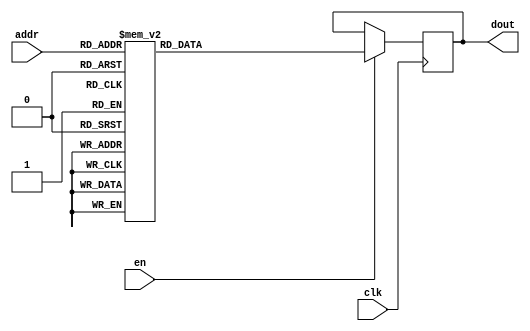
`timescale 1ns / 1ps
/*
Copyright
All right reserved.
Module Name: rom_syn
Author  : Zichuan Liu, Yixing Li and Wenye Liu.
Description:
A synthesized ROM: ROM_DEP x ROM_WID
*/
module EC_2_REF_ROM_0(
// inputs
clk,
en,
addr,
// outputs
dout
);
localparam ROM_WID = 14;
localparam ROM_DEP = 64;
localparam ROM_ADDR = 6;
// input definition
input clk;
input en;
input [ROM_ADDR-1:0] addr;
// output definition
output [ROM_WID-1:0] dout;
reg [ROM_WID-1:0] data;
always @(posedge clk)
begin
if (en) begin
case(addr)
		6'd0: data <= 14'b00001111110101;
		6'd1: data <= 14'b01001011100111;
		6'd2: data <= 14'b01000101001000;
		6'd3: data <= 14'b01001100010010;
		6'd4: data <= 14'b01000011011100;
		6'd5: data <= 14'b01001000011001;
		6'd6: data <= 14'b01001001011110;
		6'd7: data <= 14'b01001000100011;
		6'd8: data <= 14'b01001100101010;
		6'd9: data <= 14'b01001011110010;
		6'd10: data <= 14'b01001100000100;
		6'd11: data <= 14'b01000010001101;
		6'd12: data <= 14'b01001100011000;
		6'd13: data <= 14'b01000010010000;
		6'd14: data <= 14'b01000111100110;
		6'd15: data <= 14'b01001011110000;
		6'd16: data <= 14'b01001010011100;
		6'd17: data <= 14'b01001011101111;
		6'd18: data <= 14'b01001101101010;
		6'd19: data <= 14'b01001011001011;
		6'd20: data <= 14'b01000101100001;
		6'd21: data <= 14'b01001011010001;
		6'd22: data <= 14'b01000000110011;
		6'd23: data <= 14'b01000111100110;
		6'd24: data <= 14'b01000110101111;
		6'd25: data <= 14'b01000111110100;
		6'd26: data <= 14'b01100011010111;
		6'd27: data <= 14'b01000101000100;
		6'd28: data <= 14'b01001011101000;
		6'd29: data <= 14'b01001000100100;
		6'd30: data <= 14'b01001000011001;
		6'd31: data <= 14'b01001000001000;
		6'd32: data <= 14'b01001100100101;
		6'd33: data <= 14'b01001000100001;
		6'd34: data <= 14'b01000111111101;
		6'd35: data <= 14'b01001011110011;
		6'd36: data <= 14'b01001011110001;
		6'd37: data <= 14'b01001010010100;
		6'd38: data <= 14'b01001010000101;
		6'd39: data <= 14'b01001000100110;
		6'd40: data <= 14'b01001100000100;
		6'd41: data <= 14'b01001101101110;
		6'd42: data <= 14'b01001010001101;
		6'd43: data <= 14'b01000111011111;
		6'd44: data <= 14'b01001011010010;
		6'd45: data <= 14'b01001000011111;
		6'd46: data <= 14'b01001001100010;
		6'd47: data <= 14'b01001011011110;
		6'd48: data <= 14'b01000001010101;
		6'd49: data <= 14'b01001011011110;
		6'd50: data <= 14'b01001100101000;
		6'd51: data <= 14'b01001011100001;
		6'd52: data <= 14'b01001010111101;
		6'd53: data <= 14'b01001010110101;
		6'd54: data <= 14'b01001011000110;
		6'd55: data <= 14'b01001001110110;
		6'd56: data <= 14'b01001110010001;
		6'd57: data <= 14'b01001010010110;
		6'd58: data <= 14'b01001011111110;
		6'd59: data <= 14'b01000111110100;
		6'd60: data <= 14'b01001011000110;
		6'd61: data <= 14'b01001011011001;
		6'd62: data <= 14'b01001010111110;
		6'd63: data <= 14'b01001010000010;
		endcase
		end
	end
	assign dout = data;
endmodule